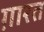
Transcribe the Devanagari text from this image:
ग़ारत